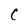
Character: C